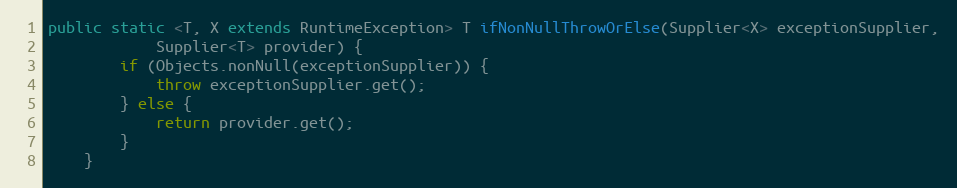
Language: Java
public static <T, X extends RuntimeException> T ifNonNullThrowOrElse(Supplier<X> exceptionSupplier,
            Supplier<T> provider) {
        if (Objects.nonNull(exceptionSupplier)) {
            throw exceptionSupplier.get();
        } else {
            return provider.get();
        }
    }